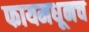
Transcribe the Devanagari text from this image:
फायमधूनच